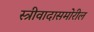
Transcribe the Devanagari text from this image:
स्त्रीवादासमोरील